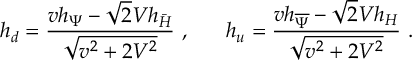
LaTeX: h _ { d } = \frac { v h _ { \Psi } - \sqrt 2 V h _ { \bar { H } } } { \sqrt { v ^ { 2 } + 2 V ^ { 2 } } } ~ , ~ ~ ~ ~ ~ h _ { u } = \frac { v h _ { \overline { { { \Psi } } } } - \sqrt 2 V h _ { H } } { \sqrt { v ^ { 2 } + 2 V ^ { 2 } } } ~ .